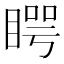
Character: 𥈭